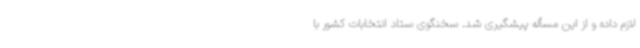
لازم داده و از این مسأله پیشگیری شد. سخنگوی ستاد انتخابات کشور با